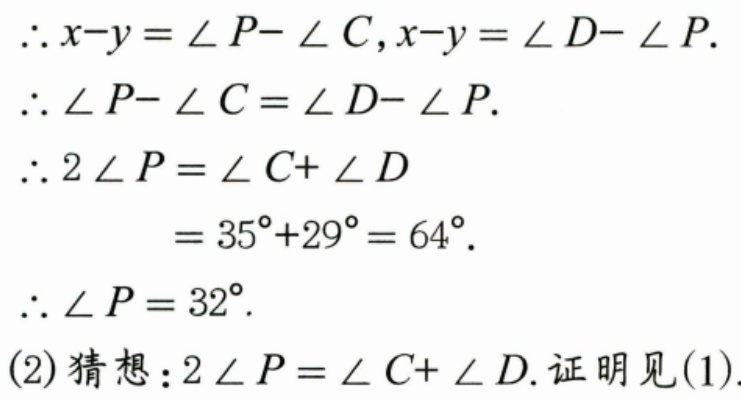
\(\therefore x - y=\angle P-\angle C,x - y=\angle D-\angle P.\)
\(\therefore\angle P-\angle C=\angle D-\angle P.\)
\(\therefore 2\angle P=\angle C+\angle D\)
\(=35^{\circ}+29^{\circ}=64^{\circ}.\)
\(\therefore\angle P = 32^{\circ}.\)
(2) 猜想：\(2\angle P=\angle C+\angle D\). 证明见(1).